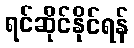
ရင်ဆိုင်နိုင်ရန်